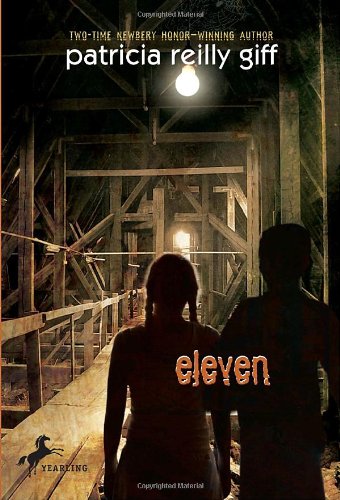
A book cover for Eleven; Patricia Reilly Giff; Mystery, Thriller & Suspense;